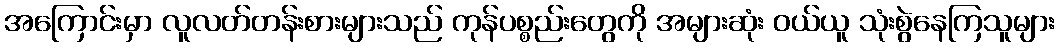
အကြောင်းမှာ လူလတ်တန်းစားများသည် ကုန်ပစ္စည်းတွေကို အများဆုံး ဝယ်ယူ သုံးစွဲနေကြသူများ